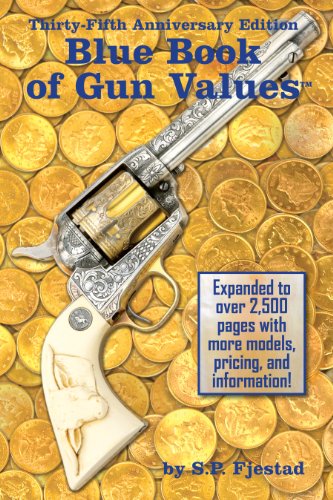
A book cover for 35th Anniversary Edition Blue Book of Gun Values; S.P. Fjestad; Crafts, Hobbies & Home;